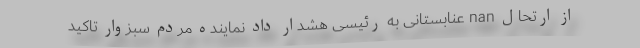
از ارتحال nan عنابستانی به رئیسی هشدار داد نماینده مردم سبزوار تاکید